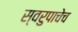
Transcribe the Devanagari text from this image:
स्वरुपाचेच